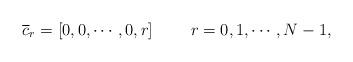
LaTeX: \begin{align*}{\overline c}_r=[0,0,\cdots ,0,r]\ \ \ \ \ \ \ r=0,1,\cdots , N-1,\end{align*}